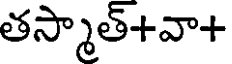
తస్మాత్+వా+